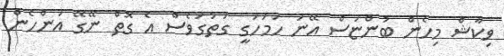
ވިކާޝް މިހެން ބުންޏަސް އޭނަ ހަމަހަގީ ގަތުގަވެސް އެ ގޮތް ނޭގޭ އަންހެން